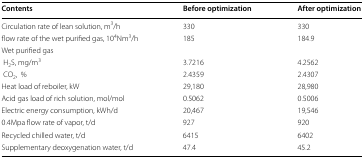
<table><thead><tr><td colspan="2"><b>Contents</b></td><td><b>Before optimization</b></td><td><b>After optimization</b></td></tr></thead><tbody><tr><td colspan="2">Circulation rate of lean solution, m<sup>3</sup>/h</td><td>330</td><td>330</td></tr><tr><td colspan="2">flow rate of the wet purified gas, 10<sup>4</sup>Nm<sup>3</sup>/h</td><td>185</td><td>184.9</td></tr><tr><td colspan="4">Wet purified gas</td></tr><tr><td colspan="2"> H<sub>2</sub>S, mg/m<sup>3</sup></td><td>3.7216</td><td>4.2562</td></tr><tr><td colspan="2"> CO<sub>2</sub>,%</td><td>2.4359</td><td>2.4307</td></tr><tr><td colspan="2">Heat load of reboiler, kW</td><td>29,180</td><td>28,980</td></tr><tr><td colspan="2">Acid gas load of rich solution, mol/mol</td><td>0.5062</td><td>0.5006</td></tr><tr><td colspan="2">Electric energy consumption, kWh/d</td><td>20,467</td><td>19,546</td></tr><tr><td colspan="2">0.4Mpa flow rate of vapor, t/d</td><td>927</td><td>920</td></tr><tr><td colspan="2">Recycled chilled water, t/d</td><td>6415</td><td>6402</td></tr><tr><td colspan="2">Supplementary deoxygenation water, t/d</td><td>47.4</td><td>45.2</td></tr></tbody></table>